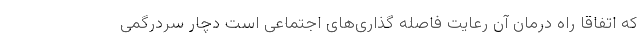
که اتفاقا راه درمان آن رعایت فاصله گذاری‌های اجتماعی است دچار سردرگمی